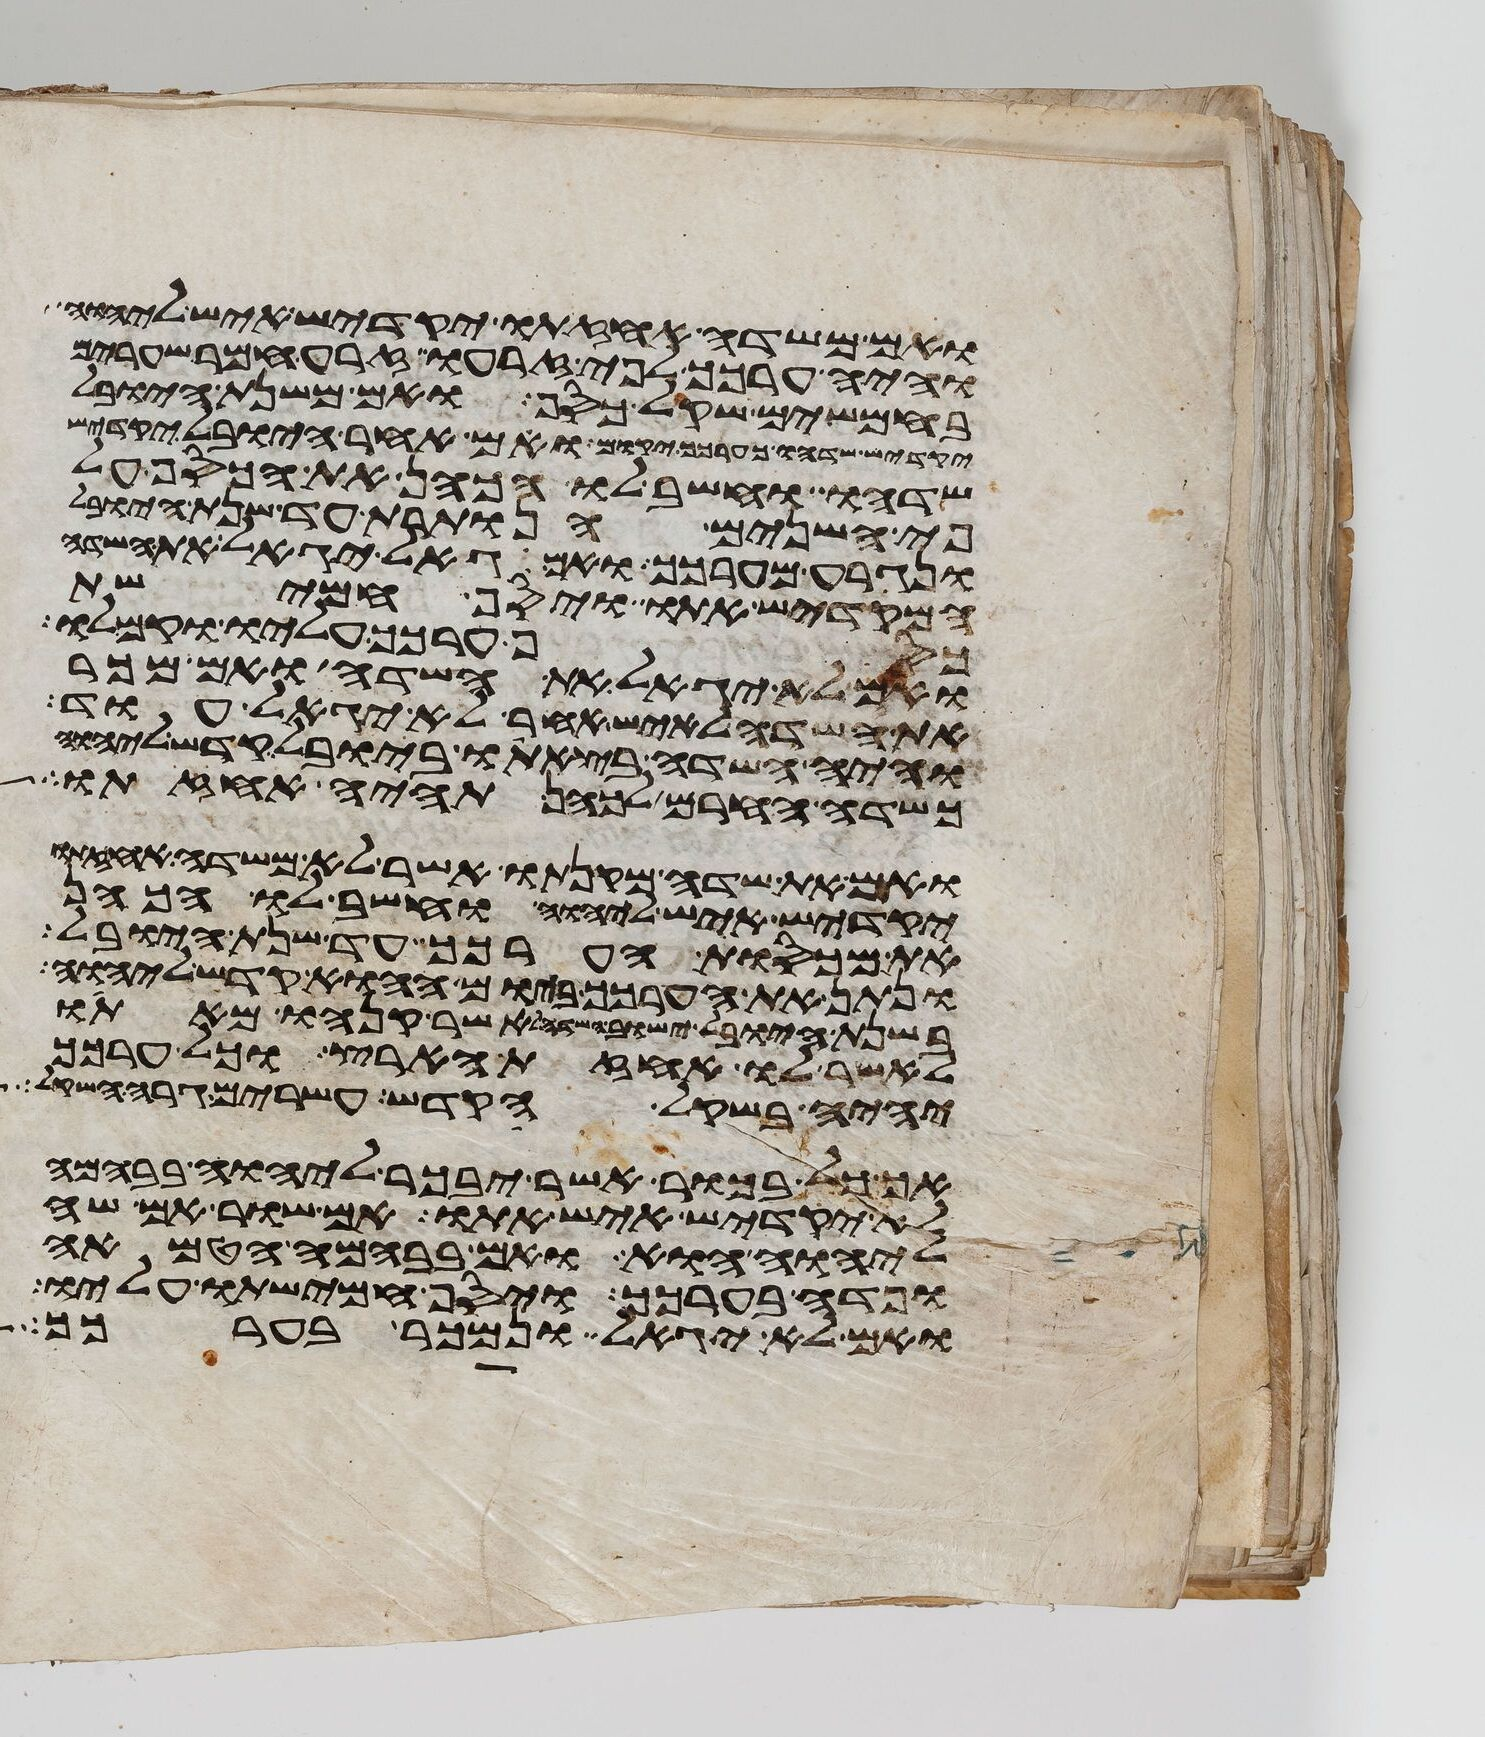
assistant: ואם משדה אחזתו יקדיש איש ליהוה
והיה ערכך לפי זרעו זרע חמר שערים
בחמשים שקל כסף ואם משנת היובל
יקדיש שדהו כערכך יקום ואם אחר היובל יקדיש
שדהו וחשב לו הכהן את הכסף על
פי השנים הנותרת עד שנת היובל
ונגרע מערכך ואם גאל יגאל את השדה
המקדיש אתו ויסף חמישת
כסף ערכך עליו וקם לו
ואם לא יגאל את השדה ואם מכר
את השדה לאיש אחר לא יגאל עוד
והיה השדה בצאתו ביובל קדש ליהוה
כשדה החרם לכהן תהיה אחזתו
ואם את שדה מקנתו אשר לא משדה אחזתו
יקדיש איש ליהוה וחשב לו הכהן
את מכסות הערכך עד שנת היובל
ונתן את הערכך ביום ההוא קדש ליהוה
בשנת היובל ישוב השדה לאשר קנהו מאתו
לאשר לו אחזת הארץ וכל ערכך
יהיה בשקל הקדש עשרים גרה השקל
אך כל בכור אשר יבכר ליהוה בבהמה
לא יקדיש איש אתו אם שור אם שה
ליהוה הוא ואם בבהמה הטמאה
ופדה בערכך ויסף חמישתו עליו
ואם לא יגאל ונמכר בערכך